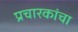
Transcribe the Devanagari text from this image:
प्रचारकांचा